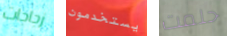
زجاجات يستخدمون حلمت